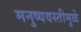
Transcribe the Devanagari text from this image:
मनुष्यवस्तीमुळे